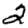
Digit: 2